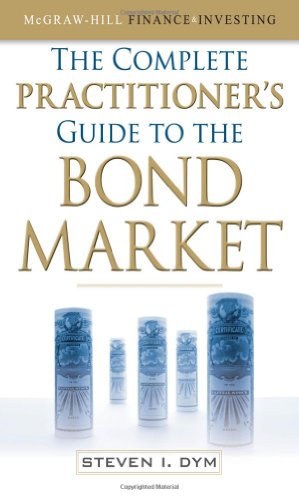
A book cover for The Complete Practitioner's Guide to the Bond Market (McGraw-Hill Finance & Investing); Steven Dym; Business & Money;